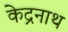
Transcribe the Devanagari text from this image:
केद्रनाथ